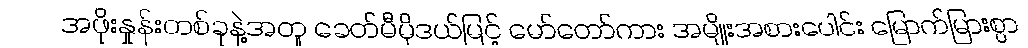
အဖိုးနှုန်းတစ်ခုနဲ့အတူ ခေတ်မီမိုဒယ်မြင့် မော်တော်ကား အမျိုးအစားပေါင်း မြောက်မြားစွာ